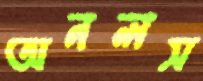
অনলস